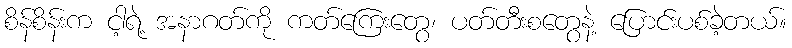
စိန်စိန်းက ငါ့ရဲ့ အနာဂတ်ကို ကတ်ကြေးတွေ၊ ပတ်တီးစတွေနဲ့ ပြောင်းပစ်ခဲ့တယ်။